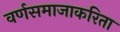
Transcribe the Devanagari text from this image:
वर्णसमाजाकरिता